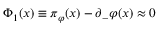
\Phi _ { 1 } ( x ) \equiv \pi _ { \varphi } ( x ) - \partial _ { - } \varphi ( x ) \approx 0 \quad